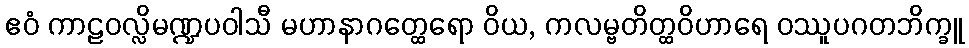
ဧဝံ ကာဠဝလ္လိမဏ္ဍပဝါသီ မဟာနာဂတ္ထေရော ဝိယ, ကလမ္ဗတိတ္ထဝိဟာရေ ဝဿူပဂတဘိက္ခူ